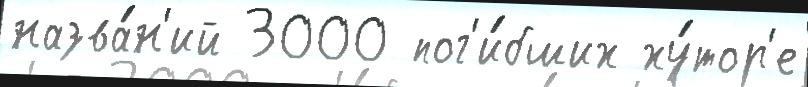
назва́н'ий 3000 пог'и́бших ху́тор'е